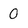
Character: 0